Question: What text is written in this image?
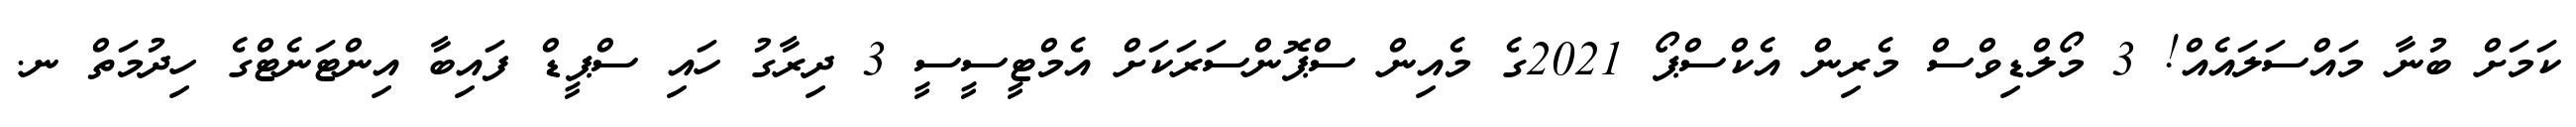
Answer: ކަމަށް ބުނާ މައްސަލައެއް! 3 މޯލްޑިވްސް މެރިން އެކްސްޕޯ 2021ގެ މެއިން ސްޕޮންސަރަކަށް އެމްޓީސީސީ 3 ދިރާގު ހައި ސްޕީޑް ފައިބާ އިންޓަނެޓްގެ ހިދުމަތް ނ.